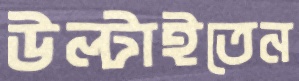
উল্‌টাইতেন